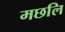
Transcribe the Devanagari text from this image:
मछलि